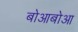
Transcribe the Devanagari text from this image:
बोआबोआ